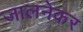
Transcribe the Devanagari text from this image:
जालनेकर